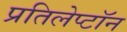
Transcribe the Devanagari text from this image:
प्रतिलेप्टॉन